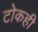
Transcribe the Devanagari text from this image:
टोकही